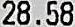
28.58